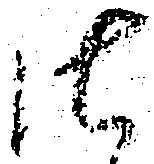
御